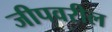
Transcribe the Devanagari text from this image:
जीपवरील